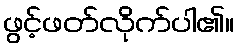
ဖွင့်ဖတ်လိုက်ပါ၏။